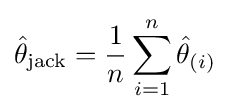
{\hat {\theta }}_{\mathrm {jack} }={\frac {1}{n}}\sum _{i=1}^{n}{\hat {\theta }}_{(i)}